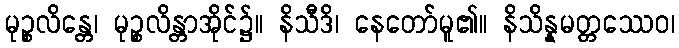
မုဉ္စလိန္တေ၊ မုဉ္စလိန္တာအိုင်၌။ နိသီဒိ၊ နေတော်မူ၏။ နိသိန္နမတ္တဿေဝ၊